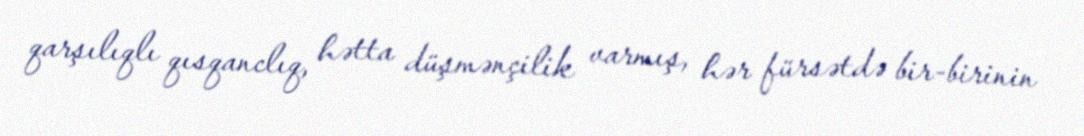
qarşılıqlı qısqanclıq, hətta düşmənçilik varmış, hər fürsətdə bir-birinin